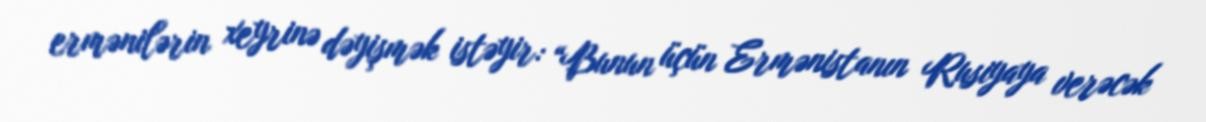
ermənilərin xeyrinə dəyişmək istəyir: “Bunun üçün Ermənistanın Rusiyaya verəcək